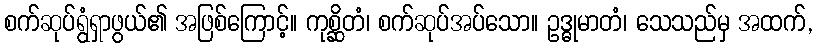
စက်ဆုပ်ရွံရှာဖွယ်၏ အဖြစ်ကြောင့်။ ကုစ္ဆိတံ၊ စက်ဆုပ်အပ်သော။ ဥဒ္ဓုမာတံ၊ သေသည်မှ အထက်,